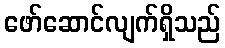
ဖော်ဆောင်လျက်ရှိသည်